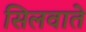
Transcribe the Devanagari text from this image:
सिलवाते